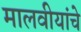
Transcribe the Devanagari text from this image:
मालवीयांचे